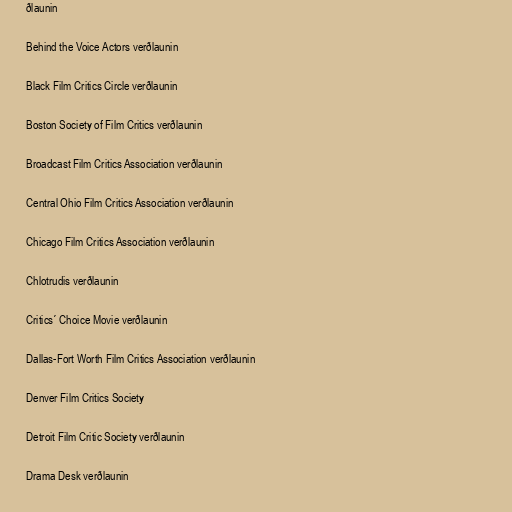
ðlaunin

Behind the Voice Actors verðlaunin

Black Film Critics Circle verðlaunin

Boston Society of Film Critics verðlaunin

Broadcast Film Critics Association verðlaunin

Central Ohio Film Critics Association verðlaunin

Chicago Film Critics Association verðlaunin

Chlotrudis verðlaunin

Critics´ Choice Movie verðlaunin

Dallas-Fort Worth Film Critics Association verðlaunin

Denver Film Critics Society

Detroit Film Critic Society verðlaunin

Drama Desk verðlaunin